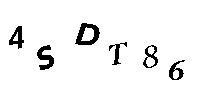
4SDT86